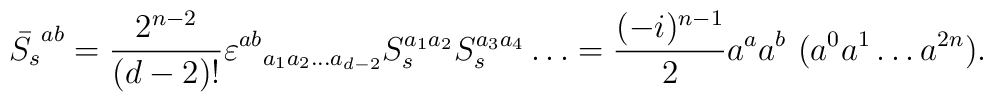
\bar{S_s}^{ab} =  \frac{2^{n-2}}{(d-2)!} \varepsilon^{ab}{}_{a_1 a_2\ldots a_{d-2}} S_s^{a_1 a_2} S_s^{a_3 a_4} \ldots = \frac{(-i)^{n-1}}{2} a^a a^b\,\,   (a^0 a^1\ldots a^{2n}).